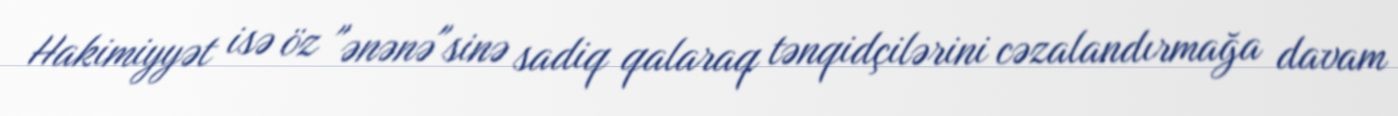
Hakimiyyət isə öz "ənənə"sinə sadiq qalaraq tənqidçilərini cəzalandırmağa davam